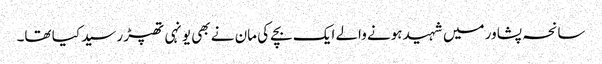
سانحہ پشاور میں شہید ہونے والے ایک بچے کی مان نے بھی یونہی تھپڑ رسید کیا تھا۔